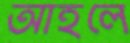
আহলে